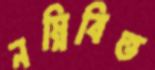
নম্নিবিত্ত